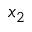
x _ { 2 }